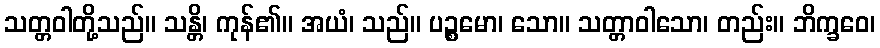
သတ္တဝါတို့သည်။ သန္တိ၊ ကုန်၏။ အယံ၊ သည်။ ပဉ္စမော၊ သော။ သတ္တာဝါသော၊ တည်း။ ဘိက္ခဝေ၊